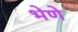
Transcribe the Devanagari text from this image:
भेणे